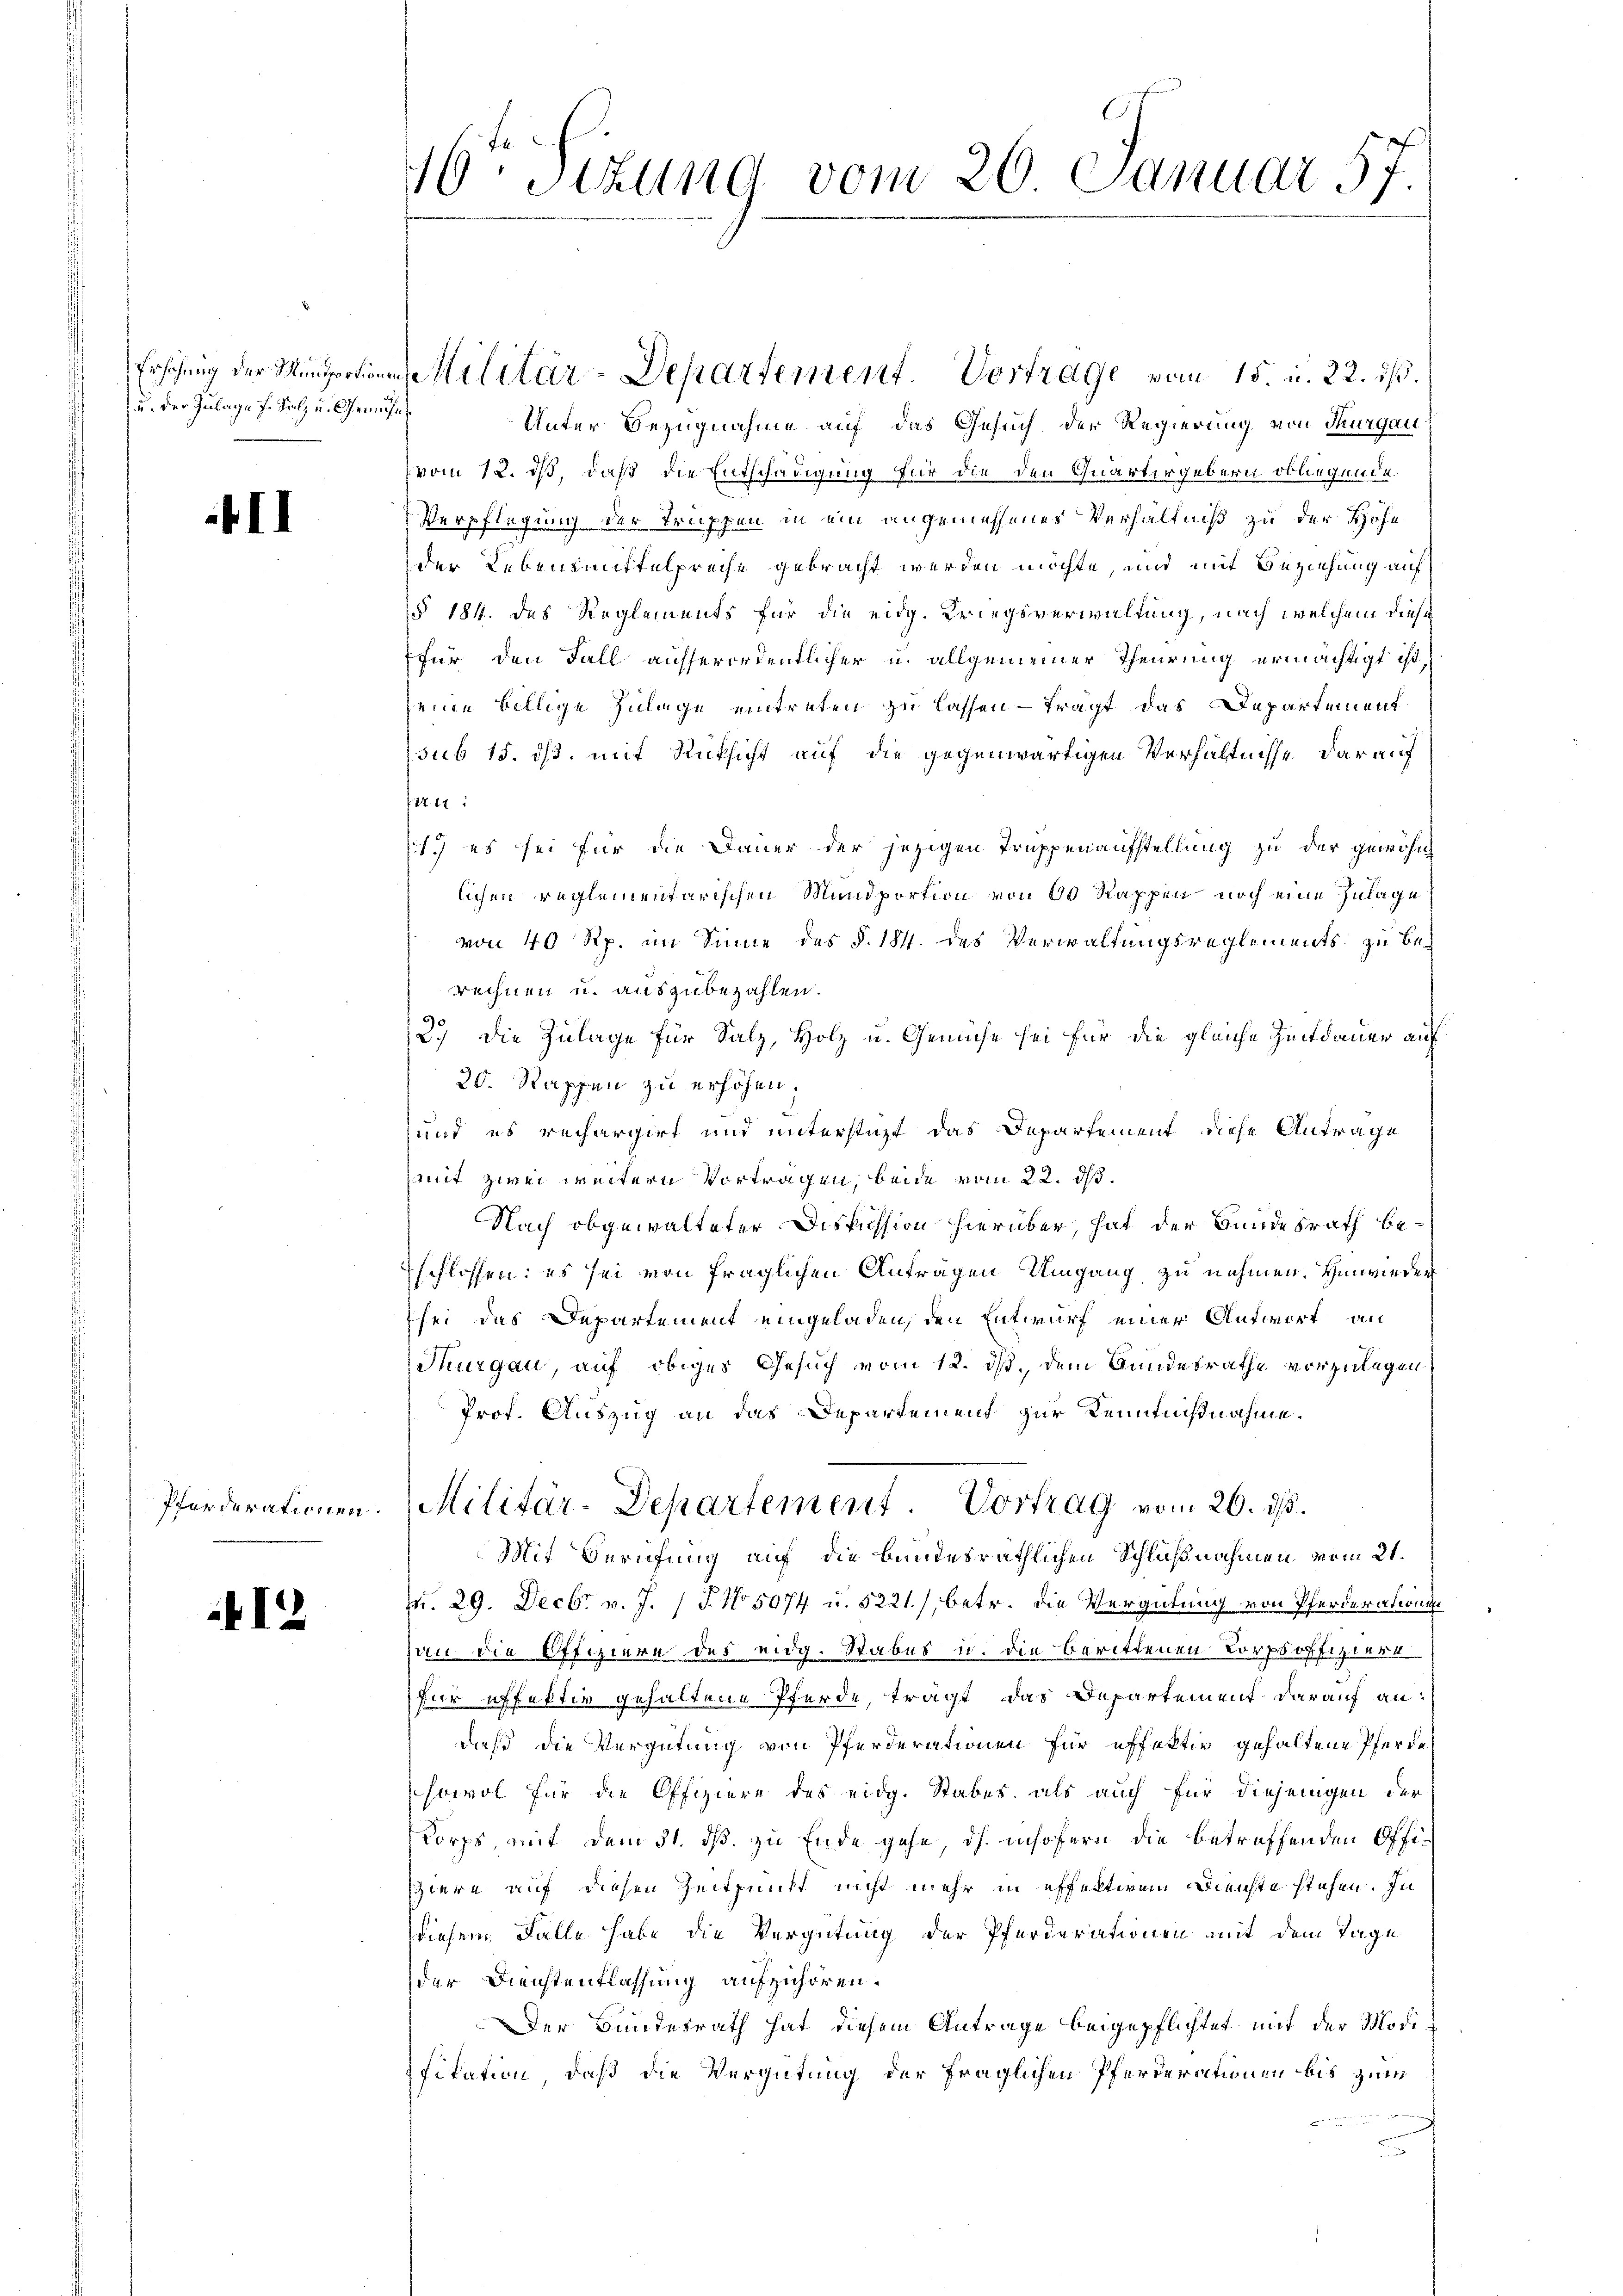
u. der Zulage f. Salz u. Gemühen

f

Pferderationen.

I

10 Stzung vom 20. Januar 57

Unter Bezugnahme auf das Gesuch der Regierung von Thurgau
vom 12. ds, daß die Entschädigung für die den Quartirgebern obliegende
Verpflegung der Truppen in ein angemessenes Verhältniß zu der Höhe
der Lebensmittelpreise gebracht werden möchte, und mit Beziehung auf
(§ 184. Das Reglements für die eidg. Kriegsverwaltung, nach welchem diese
für den Fall aufferordentlicher u. allgemeiner Theurung ermächtigt ist,
eine billige Zulage eintreten zu lassen - trägt das Departement
sub 15. ds. mit Rücksicht auf die gegenwärtigen Verhältnisse darauf
27.12
1.) es sei für die Dauer der jezigen Truppenaufstellung zu der gewöhn
lichen reglementarischen Mundportion von 60 Rappen noch eine Zulage
von 40 Rp. im Sinne des §. 184. des Verwaltungsreglements zu berechnen u. auszubezahlen.
2.) Die Zulage für Salz, Holz u. Gemühe sei für die gleiche Zeitdauer auf
20. Rappen zu erhöhen;
und es rechargirt und unterstüzt das Departement diese Antrage
mit zwei weitern Vortragen, beide vom 22. ds.
Nach obgewalteter Diskussion hierüber, hat der Bundesrath beschlossen; es sei von fraglichen Antragen Umgang zu nehmen. Hinwieder
sei das Departement eingeladen, den Entwurf einer Antwort an
Thurgau, auf obiges Gesuch vom 12. ds. dem Gundesrathe vorzulagen,
Prof. Auszug an das Departement zur Kenntnißnahme.
Militär-Departement. Vortrag vom 26. ds.
Mit Berufung auf die bundesräthlichen Schlußnahmen vom 21.
u. 29. Decbr v. J. J. No 5074 u. 5221./, betr. die Vergütung von Pferderationshan die Offiziere des eidg. Stabes u. die berittenen Korpsoffiziere
für effektiv gehaltene Pferde, trägt, das Departement darauf an:
daß die Vergütung von Pferderationen für effektiv gehaltene Pferde
sowol für die Offiziere des eidg. Stabes, als auch für diejenigen der
Korps, mit dem 31. ds. zu Ende gehe, dh. insofern die betreffenden Offiziere auf diesen Zeitpunkt nicht mehr in effektivem Dienste stehen. In
diesem Falle habe die Vergütung der Pferderationen mit dem Tage
der Dienstentlassung aufzuhören.
Der Bundesrath hat diesem Antrage beigepflichtet mit der Modi
Fitation, daß die Vergütung der fraglichen Pferderationen bis zum

Erschung der Mansportionen Militär-Departement. Vortrage vom 15. u. 22. ist.